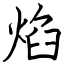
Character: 焰